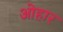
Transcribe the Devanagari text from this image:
ओहार